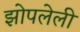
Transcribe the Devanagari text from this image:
झोपलेली